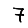
Digit: 7